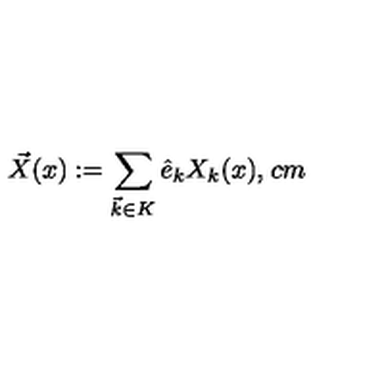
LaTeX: \vec { X } ( x ) : = \sum _ { \vec { k } \in K } \hat { e } _ { k } X _ { k } ( x ) , \hspace { 1 c m }